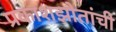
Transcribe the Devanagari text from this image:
प्रकाशझोतांची